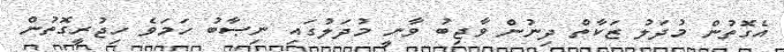
އެގޮތުން މުދަލު ޒަކާތް ދިނުން ވާޖިބު ވާނީ މުދަލުގައި ނިޞާބު ހަމަވެ ހިޖުރީގޮތުން